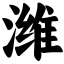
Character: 潍